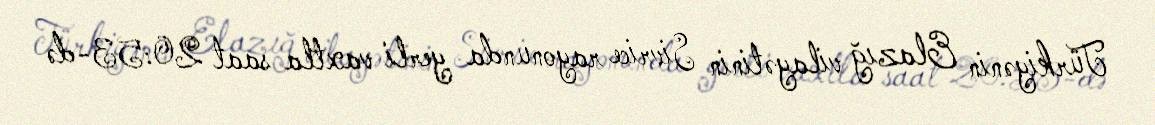
Türkiyənin Elazığ vilayətinin Sivrice rayonunda yerli vaxtla saat 20:53-də